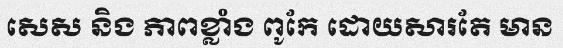
សេស និង ភាពខ្លាំង ពូកែ ដោយសារតែ មាន